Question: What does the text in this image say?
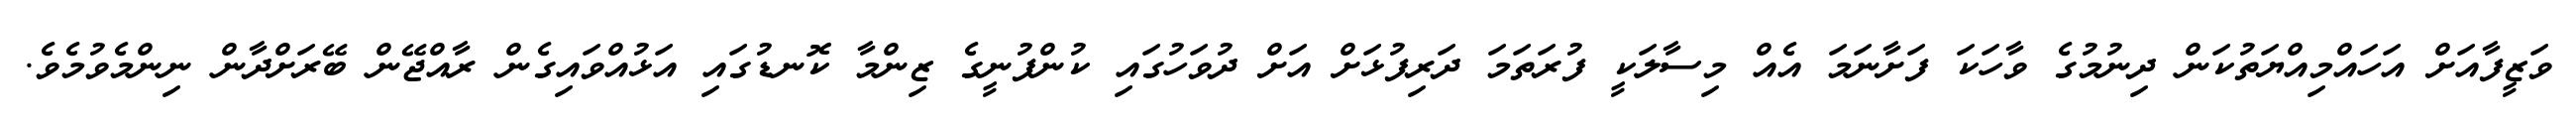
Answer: ވަޒީފާއަށް އަހައްމިއްޔަތުކަން ދިނުމުގެ ވާހަކަ ފަށާނަމަ އެއް މިސާލަކީ ފުރަތަމަ ދަރިފުޅަށް އަށް ދުވަހުގައި ކުންފުނީގެ ޒިންމާ ކޮނޑުގައި އަޅުއްވައިގެން ރާއްޖޭން ބޭރަށްދާން ނިންމެވުމެވެ.